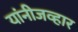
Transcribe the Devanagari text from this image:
यांनीजव्हार